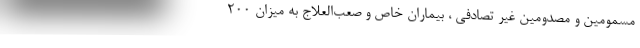
مسمومین و مصدومین غیر تصادفی ، بیماران خاص و صعب‌العلاج به میزان ۲۰۰